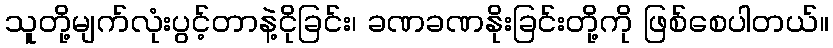
သူတို့မျက်လုံးပွင့်တာနဲ့ငိုခြင်း၊ ခဏခဏနိုးခြင်းတို့ကို ဖြစ်စေပါတယ်။